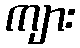
ကျား